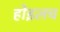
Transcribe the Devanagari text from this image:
होइलच